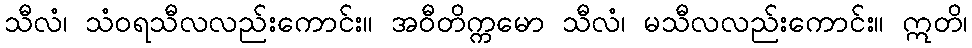
သီလံ၊ သံဝရသီလလည်းကောင်း။ အဝီတိက္ကမော သီလံ၊ မသီလလည်းကောင်း။ ဣတိ၊